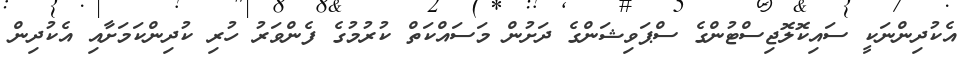
އެކުދިންނަކީ ސައިކޮލޮޖިސްޓުންގެ ސްޕަވިޝަންގެ ދަށުން މަސައްކަތް ކުރުމުގެ ފެންވަރު ހުރި ކުދިންކަމަށާއި އެކުދިން